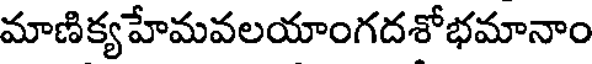
మాణిక్యహేమవలయాంగదశోభమానాం